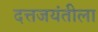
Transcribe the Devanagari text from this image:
दत्तजयंतीला